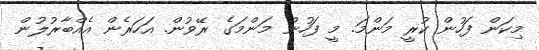
މިކަން ފަހުން ކުރީ މަންމަ. މީ ފަހުން މަންމަގެ ރޭވުން. އަހަރެން އެއްބާރުލުން